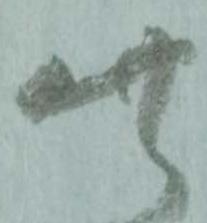
此